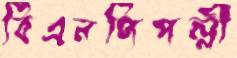
বিএনপিপল্লী